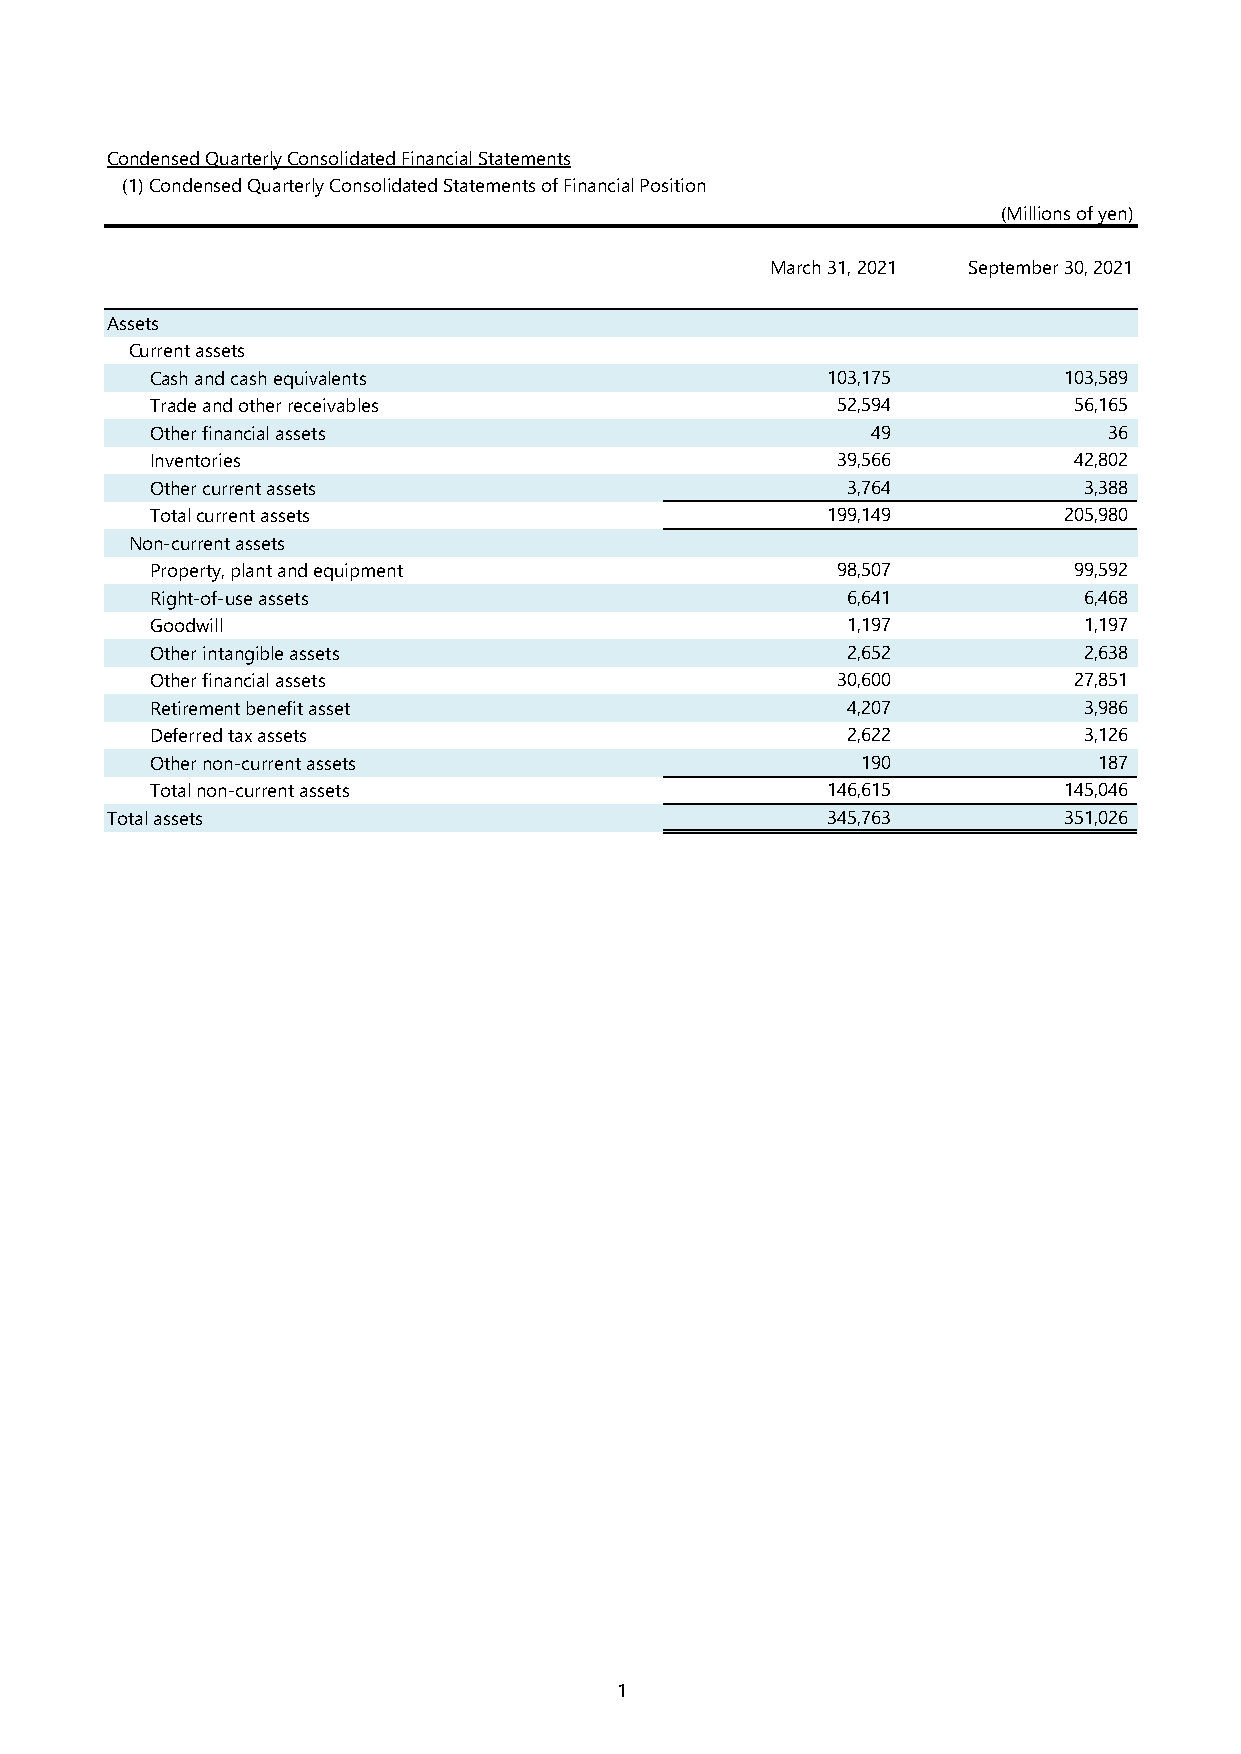
Condensed Quarterly Consolidated Financial Statements
 (1) Condensed Quarterly Consolidated Statements of Financial Position
 (Millions of yen)
 March 31, 2021 September 30, 2021
 Assets
 Current assets
 Cash and cash equivalents                    103,175        103,589
 Trade and other receivables                  52,594          56,165
 Other financial assets                          49             36
 Inventories                                  39,566          42,802
 Other current assets                          3,764           3,388
 Total current assets                         199,149        205,980
 Non-current assets
 Property, plant and equipment                98,507          99,592
 Right-of-use assets                           6,641           6,468
 Goodwill                                      1,197           1,197
 Other intangible assets                       2,652           2,638
 Other financial assets                       30,600          27,851
 Retirement benefit asset                      4,207           3,986
 Deferred tax assets                           2,622           3,126
 Other non-current assets                       190             187
 Total non-current assets                     146,615        145,046
 Total assets                                    345,763        351,026
 1